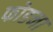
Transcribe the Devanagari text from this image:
फोडना